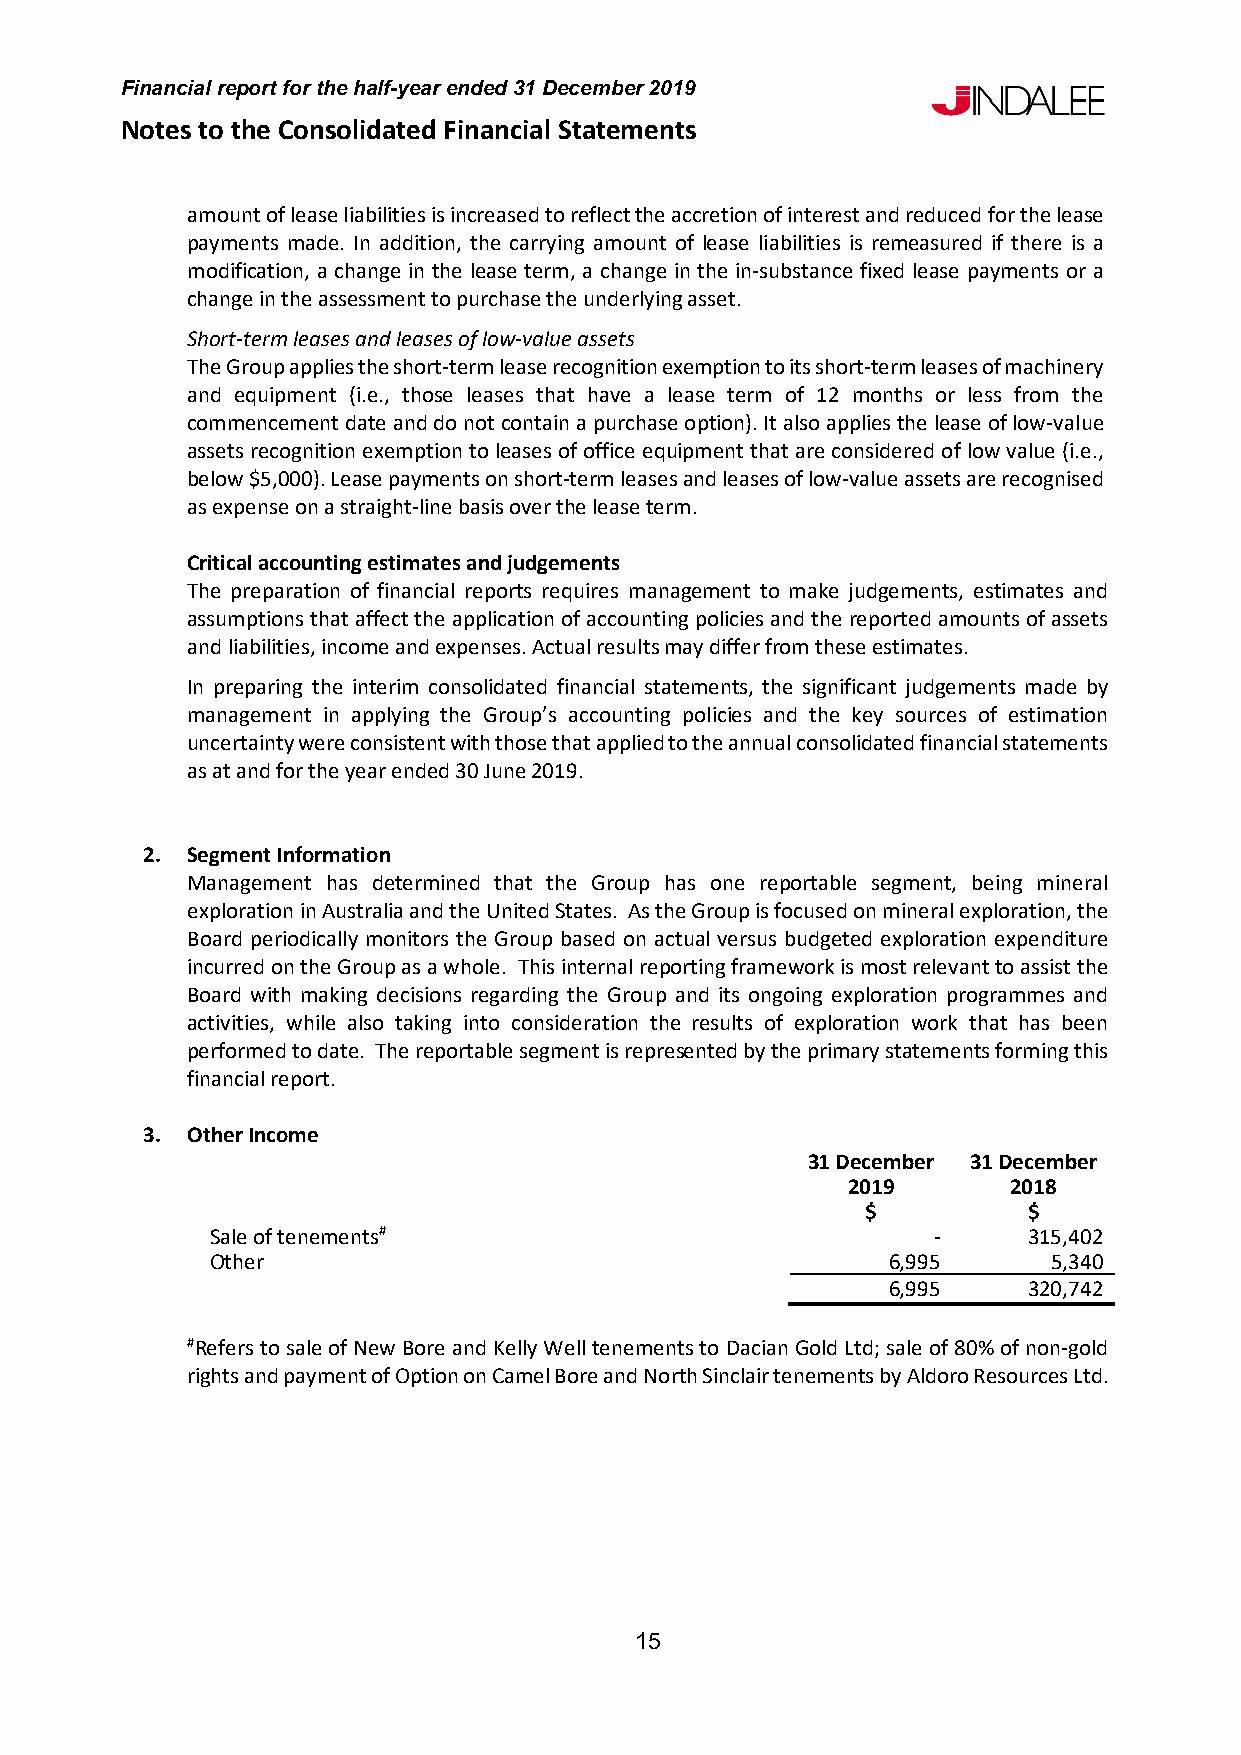
Financial report for the half-year ended 31 December 2019
 Notes to the Consolidated Financial Statements
 amount of lease liabilities is increased to reflect the accretion of interest and reduced for the lease
 payments made. In addition, the carrying amount of lease liabilities is remeasured if there is a
 modification, a change in the lease term, a change in the in-substance fixed lease payments or a
 change in the assessment to purchase the underlying asset.
 Short-term leases and leases of low-value assets
 The Group applies the short-term lease recognition exemption to its short-term leases of machinery
 and equipment (i.e., those leases that have a lease term of 12 months or less from the
 commencement date and do not contain a purchase option). It also applies the lease of low-value
 assets recognition exemption to leases of office equipment that are considered of low value (i.e.,
 below $5,000). Lease payments on short-term leases and leases of low-value assets are recognised
 as expense on a straight-line basis over the lease term.
 Critical accounting estimates and judgements
 The preparation of financial reports requires management to make judgements, estimates and
 assumptions that affect the application of accounting policies and the reported amounts of assets
 and liabilities, income and expenses. Actual results may differ from these estimates.
 In preparing the interim consolidated financial statements, the significant judgements made by
 management in applying the Group’s accounting policies and the key sources of estimation
 uncertainty were consistent with those that applied to the annual consolidated financial statements
 as at and for the year ended 30 June 2019.
 2. Segment Information
 Management has determined that the Group has one reportable segment, being mineral
 exploration in Australia and the United States. As the Group is focused on mineral exploration, the
 Board periodically monitors the Group based on actual versus budgeted exploration expenditure
 incurred on the Group as a whole. This internal reporting framework is most relevant to assist the
 Board with making decisions regarding the Group and its ongoing exploration programmes and
 activities, while also taking into consideration the results of exploration work that has been
 performed to date. The reportable segment is represented by the primary statements forming this
 financial report.
 3. Other Income
 31 December 31 December
 2019       2018
 $          $
 Sale of tenements#                              -     315,402
 Other                                        6,995      5,340
 6,995    320,742
 #Refers to sale of New Bore and Kelly Well tenements to Dacian Gold Ltd; sale of 80% of non-gold
 rights and payment of Option on Camel Bore and North Sinclair tenements by Aldoro Resources Ltd.
 15